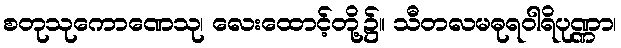
စတုသုကောဏေသု၊ လေးထောင့်တို့၌။ သီတလမဓုရဝါရိပုဏ္ဏာ၊